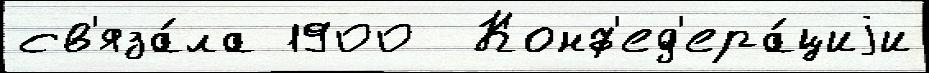
св'яза́ла 1900  Конф'ед'ера́циjи